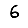
Digit: 6